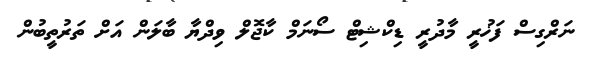
ނަރްގިސް ފަޚުރީ މާދުރީ ޑިކްޝިޓް ސޯނަމް ކާޖޮލް ވިދްޔާ ބާލަން އަށް ތަރުތީބުން